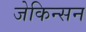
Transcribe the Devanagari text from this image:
जेकिन्सन